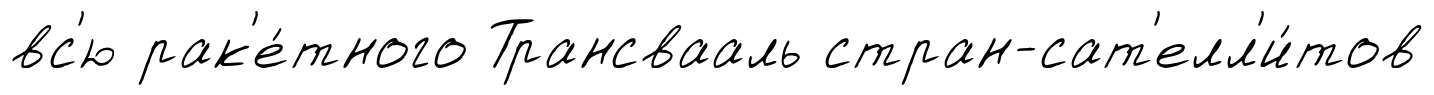
вс'ю рак'е́тного Трансвааль стран-сат'елл'и́тов